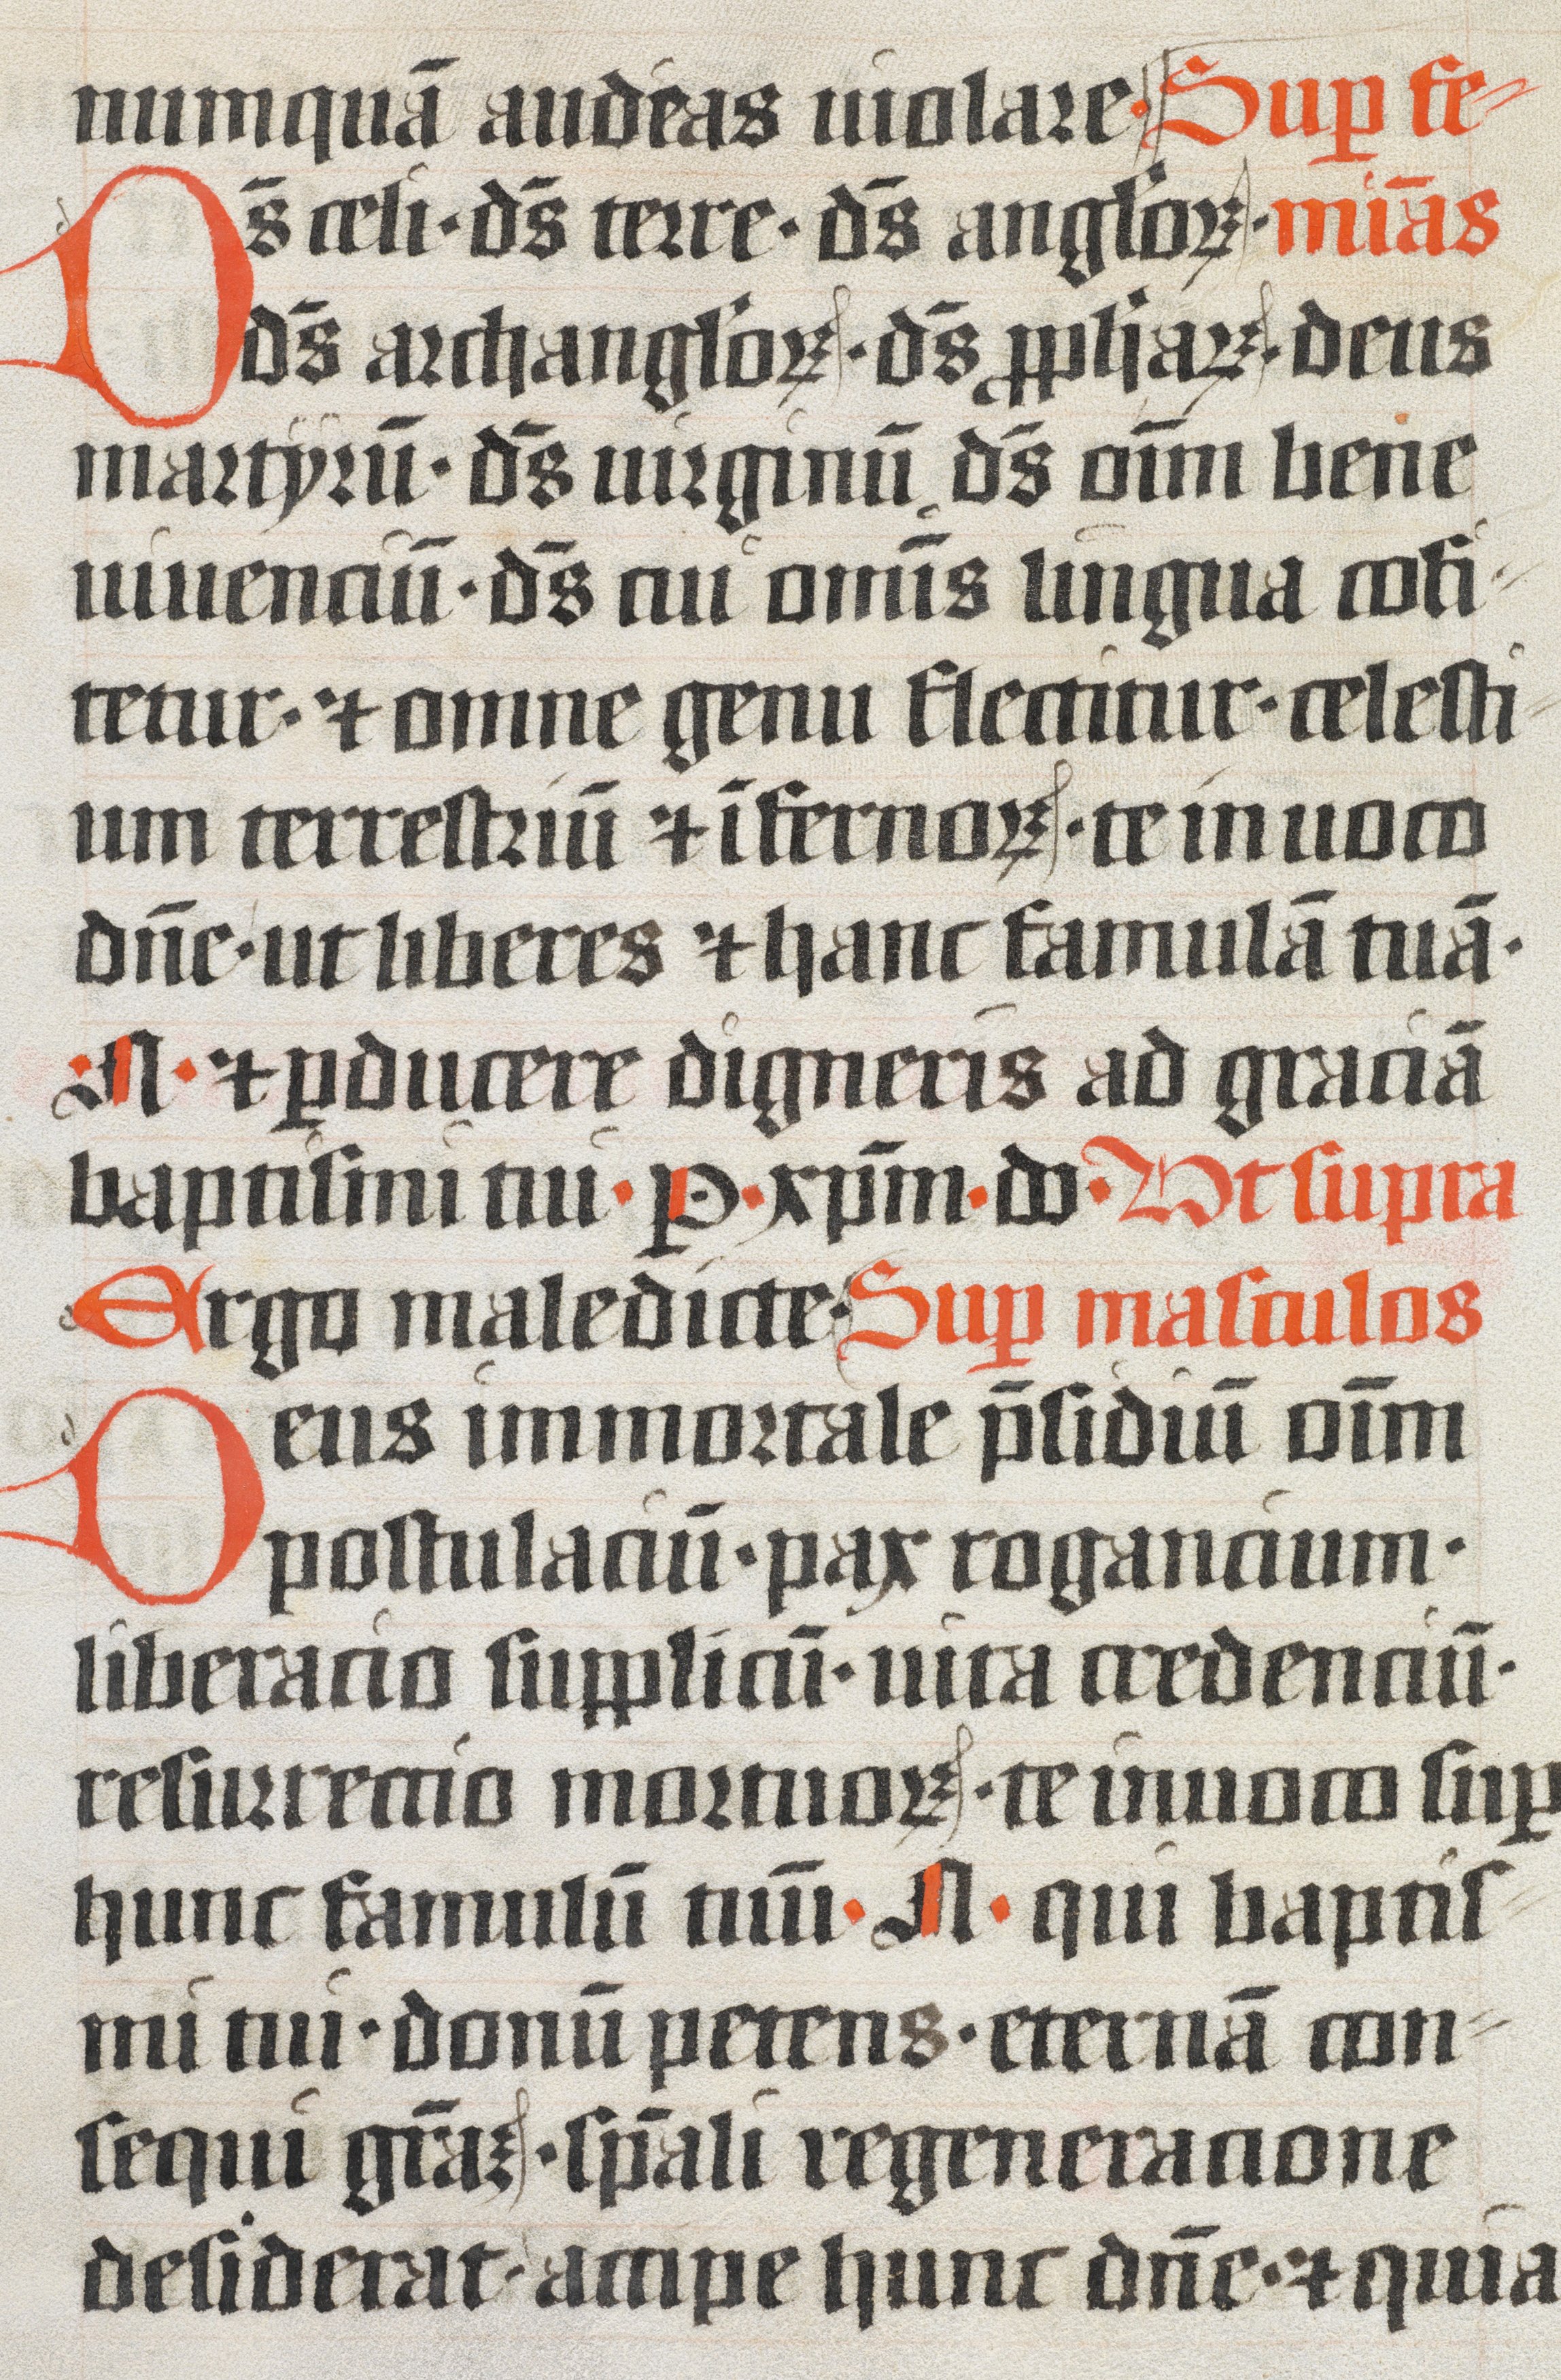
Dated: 1400–1499